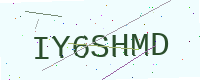
Text: IY6SHMD